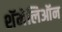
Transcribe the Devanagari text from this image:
शॅमेलिऑन